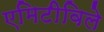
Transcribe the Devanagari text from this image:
एमिटीविले